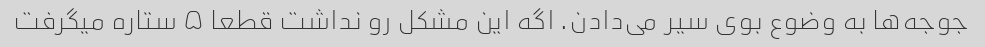
جوجه‌ها به وضوع بوی سیر می‌دادن. اگه این مشکل رو نداشت قطعا ۵ ستاره میگرفت